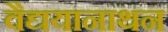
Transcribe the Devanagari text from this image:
वैद्ययानाथन